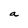
Character: a